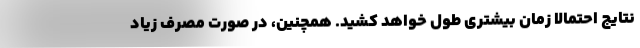
نتایج احتمالا زمان بیشتری طول خواهد کشید. همچنین، در صورت مصرف زیاد